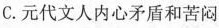
C.元代文人内心矛盾和苦闷